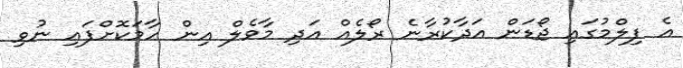
އެ ފިލްމުގައި ޖޯޑަން އަދާކުރާނެ ރޯލެއް އަދި މާވެލް އިން ހާމަކޮށްފައި ނުވި